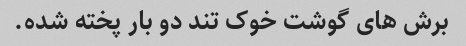
برش های گوشت خوک تند دو بار پخته شده.